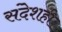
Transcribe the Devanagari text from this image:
संदेशही